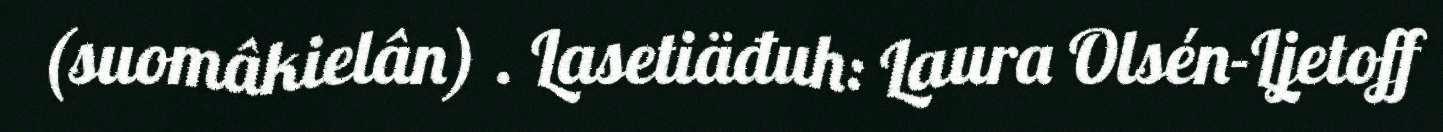
(suomâkielân) . Lasetiäđuh: Laura Olsén-Ljetoff